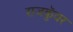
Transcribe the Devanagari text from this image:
राजकुॅवर